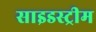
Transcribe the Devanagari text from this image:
साइडस्ट्रीम